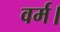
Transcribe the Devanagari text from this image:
वर्म।